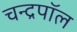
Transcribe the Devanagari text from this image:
चन्द्रपॉल